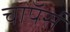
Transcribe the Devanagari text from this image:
चाॅपर्स